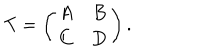
T = \left( \begin{array} { c c } { { A } } & { { B } } \\ { { C } } & { { D } } \\ \end{array} \right) .